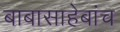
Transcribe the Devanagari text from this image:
बाबासाहेबांच